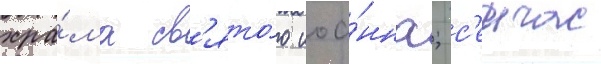
хра́ма св'ято́го иоа́нна; с'еичас